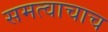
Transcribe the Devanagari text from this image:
समत्वाचाच